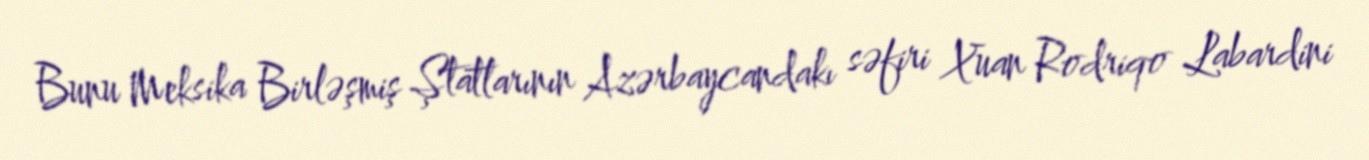
Bunu Meksika Birləşmiş Ştatlarının Azərbaycandakı səfiri Xuan Rodriqo Labardini